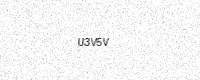
Text: U3V5V